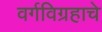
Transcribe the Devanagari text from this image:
वर्गविग्रहाचे